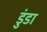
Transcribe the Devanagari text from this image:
डुंडा